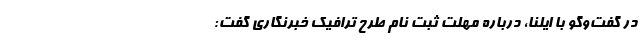
در گفت‌وگو با ایلنا، درباره مهلت ثبت نام طرح ترافیک خبرنگاری گفت: